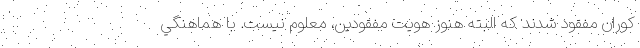
كوران مفقود شدند كه البته هنوز هويت مفقودين، معلوم نيست. با هماهنگي